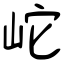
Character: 岮